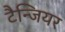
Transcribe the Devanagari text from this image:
टैन्जियर